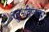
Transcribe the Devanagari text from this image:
अनुभविण्याचा